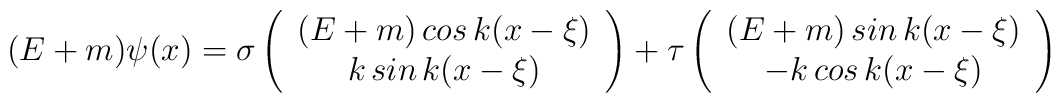
(E+m)\psi (x)=\sigma \left( \begin{array}{c}(E+m)\,cos\,k(x-\xi ) \\ k\,sin\,k(x-\xi )\end{array}\right) +\tau \left( \begin{array}{c}(E+m)\,sin\,k(x-\xi ) \\ -k\,cos\,k(x-\xi )\end{array}\right)